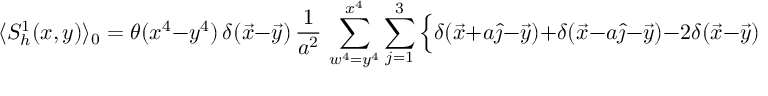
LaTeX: \langle S _ { h } ^ { 1 } ( x , y ) \rangle _ { 0 } = \theta ( x ^ { 4 } - y ^ { 4 } ) \, \delta ( \vec { x } - \vec { y } \/ ) \, { \frac { 1 } { a ^ { 2 } } } \, \sum _ { w ^ { 4 } = y ^ { 4 } } ^ { x ^ { 4 } } \sum _ { j = 1 } ^ { 3 } \Big \{ \delta ( \vec { x } + a \hat { \jmath } - \vec { y } \/ ) + \delta ( \vec { x } - a \hat { \jmath } - \vec { y } \/ ) - 2 \delta ( \vec { x } - \vec { y } \/ ) \Big \} \, .